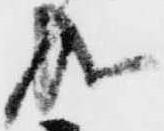
成